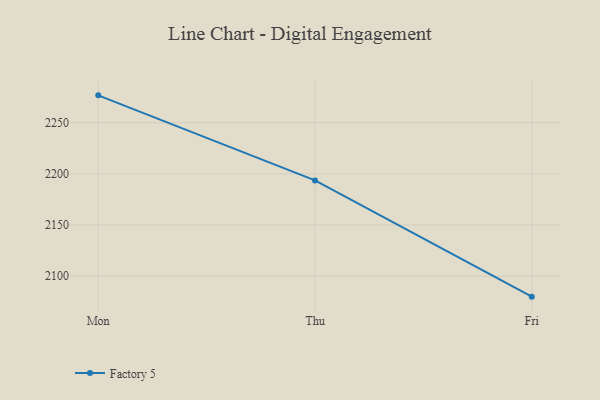
{"axis": {"x": "Day", "y": "Energy Usage (MWh)"}, "legend": ["Factory 5"], "data": [{"x": "Mon", "y": 2276.6, "type": "Factory 5"}, {"x": "Thu", "y": 2193.5, "type": "Factory 5"}, {"x": "Fri", "y": 2080.0, "type": "Factory 5"}]}